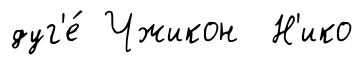
дуг'е́ Чжикон Н'ико